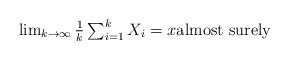
LaTeX: \begin{align*}\mbox{$\lim_{k\rightarrow\infty} \frac{1}{k}\sum_{i=1}^k X_i = x \mbox{almost surely}$}\end{align*}